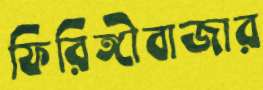
ফিরিঙ্গীবাজার